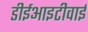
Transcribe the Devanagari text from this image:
डीईआइटीवाई